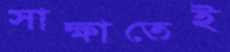
সাক্ষাতেই